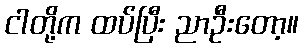
ငါတို့က ထပ်ပြီး ညာဦးတော့။